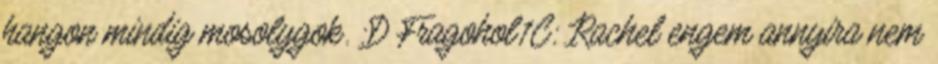
hangon mindig mosolygok. :D Fragohol1C: Rachel engem annyira nem